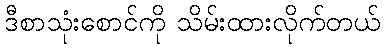
ဒီစာသုံးစောင်ကို သိမ်းထားလိုက်တယ်